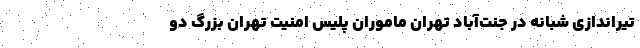
تیراندازی‌ شبانه در جنت‌آباد تهران ماموران پلیس امنیت تهران بزرگ دو